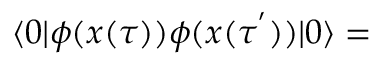
\langle 0 | \phi ( x ( \tau ) ) \phi ( x ( \tau ^ { ' } ) ) | 0 \rangle =